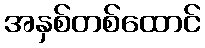
အနှစ်တစ်ထောင်